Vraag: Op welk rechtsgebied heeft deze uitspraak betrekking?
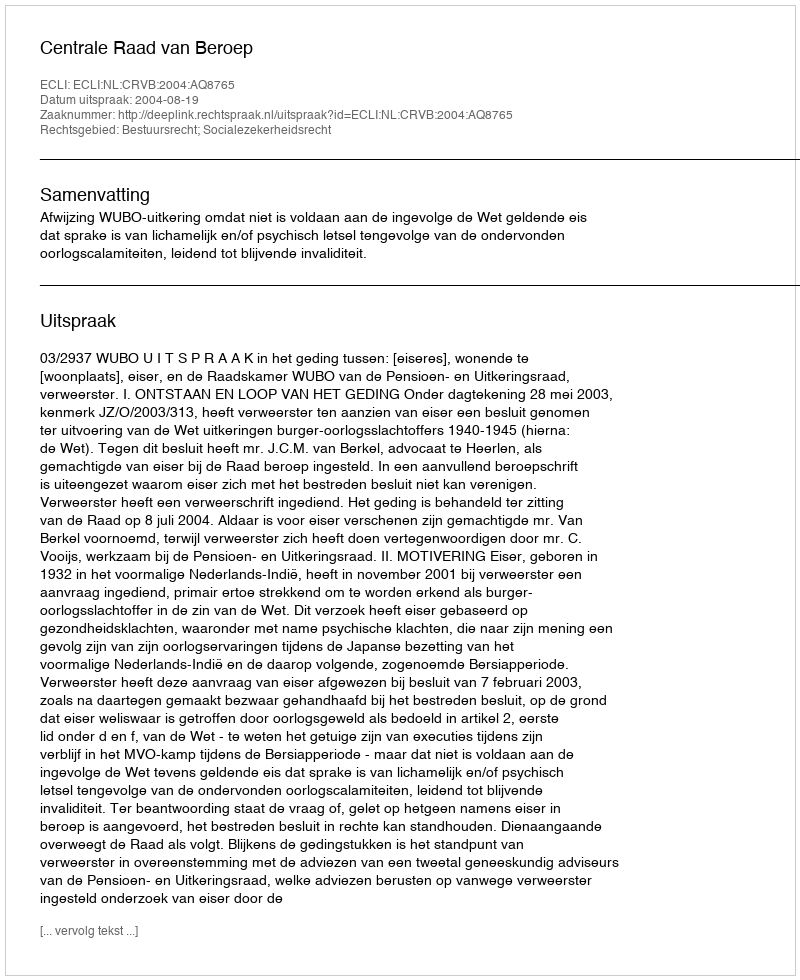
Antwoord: Bestuursrecht; Socialezekerheidsrecht